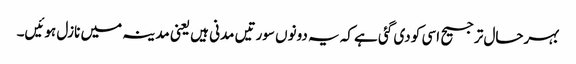
بہرحال ترجیح اسی کو دی گئی ہے کہ یہ دونوں سورتیں مدنی ہیں یعنی مدینہ میں نازل ہوئیں۔